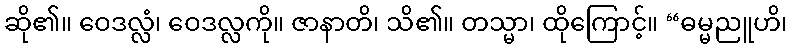
ဆို၏။ ဝေဒလ္လံ၊ ဝေဒလ္လကို။ ဇာနာတိ၊ သိ၏။ တသ္မာ၊ ထိုကြောင့်။ “ဓမ္မညူဟိ၊